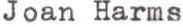
Joan Harms